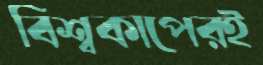
বিশ্বকাপেরই